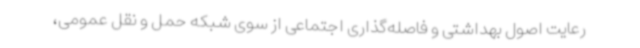
رعایت اصول بهداشتی و فاصله‌گذاری اجتماعی از سوی شبکه حمل و نقل عمومی،